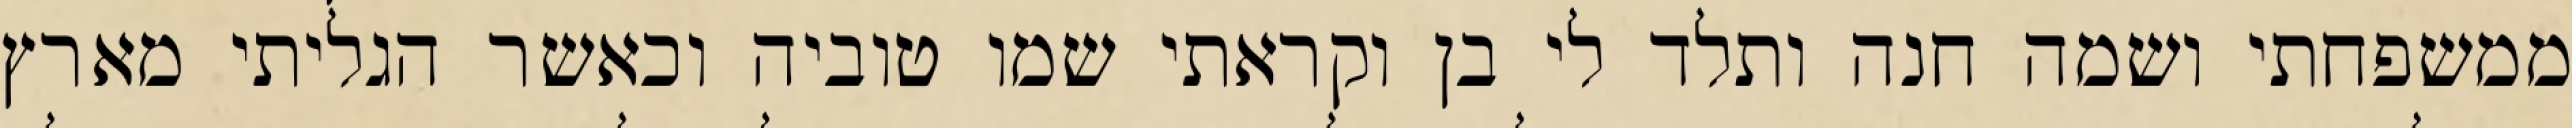
ממשפחתי ושמה חנה ותלד לי בן וקראתי שמו טוביה וכאשר הגליתי מארץ